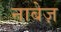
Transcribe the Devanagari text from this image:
नाबेज़